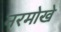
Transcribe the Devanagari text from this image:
नरमोखे